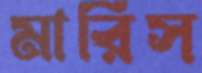
মারিস